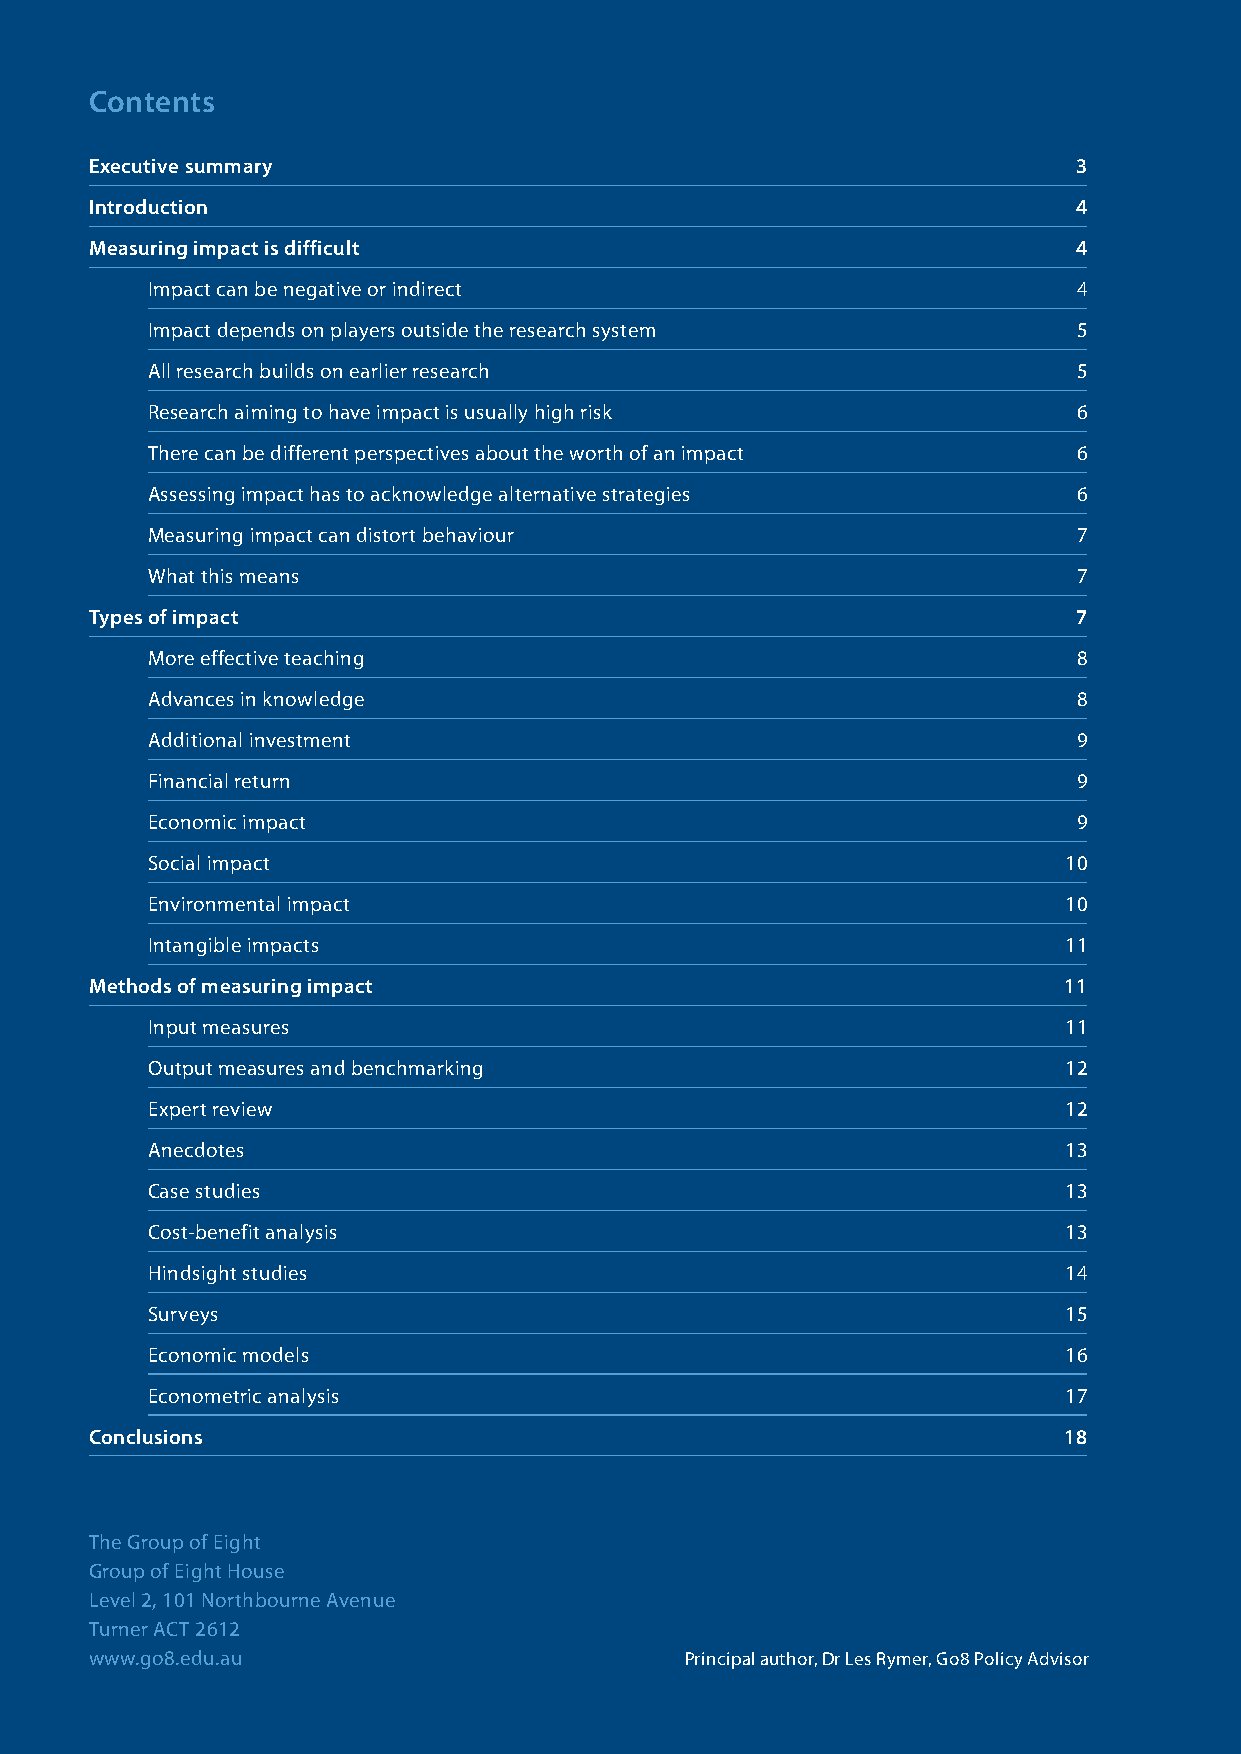
Contents
 Executive summary                                                3
 Introduction                                                     4
 Measuring impact is difficult                                    4
 Impact can be negative or indirect                           4
 Impact depends on players outside the research system        5
 All research builds on earlier research                      5
 Research aiming to have impact is usually high risk          6
 There can be different perspectives about the worth of an impact 6
 Assessing impact has to acknowledge alternative strategies   6
 Measuring impact can distort behaviour                       7
 What this means                                              7
 Types of impact                                                  7
 More effective teaching                                      8
 Advances in knowledge                                        8
 Additional investment                                        9
 Financial return                                             9
 Economic impact                                              9
 Social impact                                               10
 Environmental impact                                        10
 Intangible impacts                                          11
 Methods of measuring impact                                     11
 Input measures                                              11
 Output measures and benchmarking                            12
 Expert review                                               12
 Anecdotes                                                   13
 Case studies                                                13
 Cost-benefit analysis                                       13
 Hindsight studies                                           14
 Surveys                                                     15
 Economic models                                             16
 Econometric analysis                                        17
 Conclusions                                                     18
 The Group of Eight
 Group of Eight House
 Level 2, 101 Northbourne Avenue
 Turner ACT 2612
 www.go8.edu.au                         Principal author, Dr Les Rymer, Go8 Policy Advisor